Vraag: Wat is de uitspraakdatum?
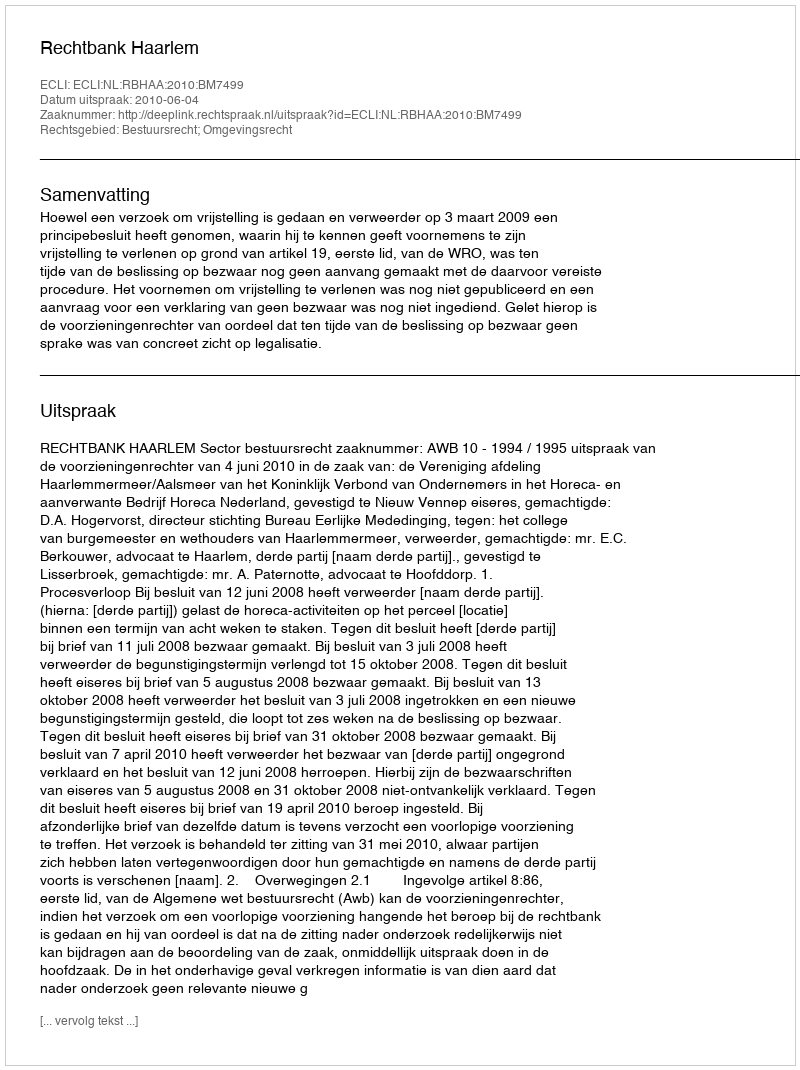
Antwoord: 2010-06-04